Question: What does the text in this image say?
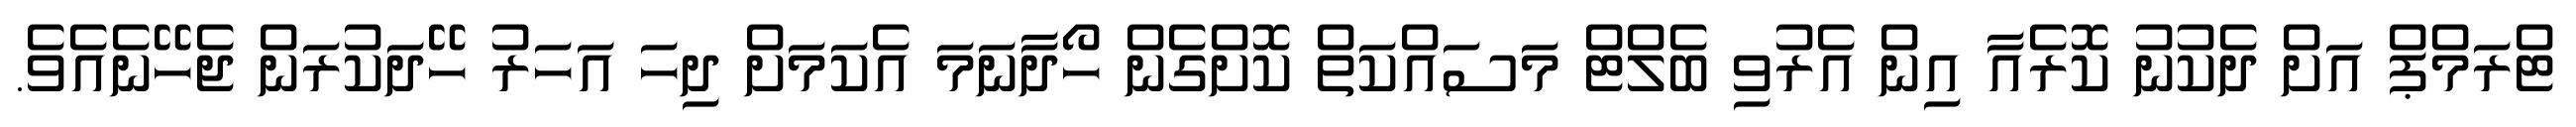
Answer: ޓްރަމްޕް އަށް ދެކުނު ކޮރެއާ އިން އެރުވި ބެލްޓް މަސައްކަތް ކޮށްގެން ހޯދާނަމަ އެކަމަށް ދިހަ އަހަރު ހޭދަކުރަން ޖެހޭނެއެވެ.